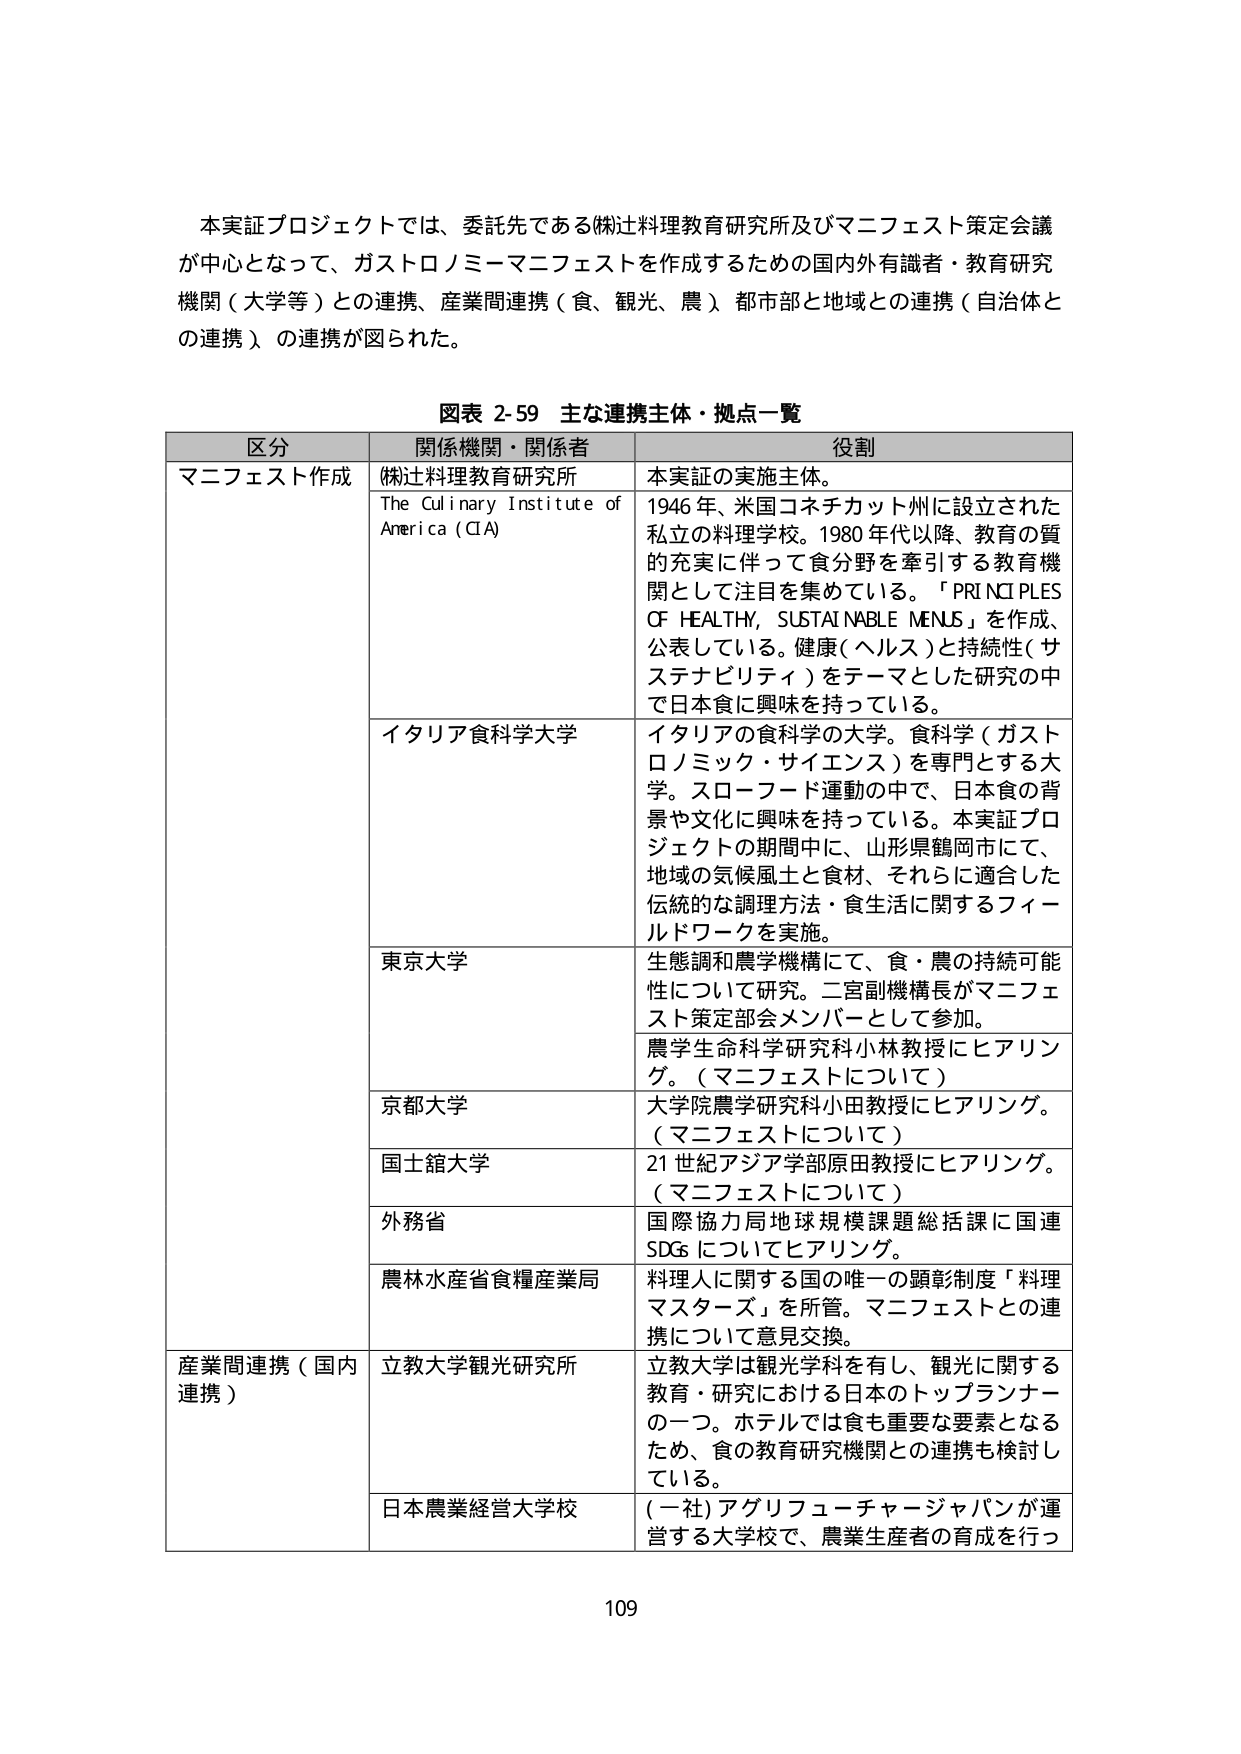
本実証プロジェクトでは、委託先である(株)辻料理教育研究所及びマニフェスト策定会議
が中心となって、ガストロノミーマニフェストを作成するための国内外有識者・教育研究
機関（大学等）との連携、産業間連携（食、観光、農）、都市部と地域との連携（自治体と
の連携）の連携が図られた。

図表 2-59 主な連携主体・拠点一覧

区分 関係機関・関係者 役割
マニフェスト作成 (株)辻料理教育研究所 本実証の実施主体。
The Culinary Institute of America (CIA) 1946年、米国コネチカット州に設立された
私立の料理学校。1980年代以降、教育の質
的充実に伴って食分野を牽引する教育機
関として注目を集めている。「PRINCIPLES
OF HEALTHY, SUSTAINABLE MENUS」を作成、
公表している。健康（ヘルス）と持続性（サ
ステナビリティ）をテーマとした研究の中
で日本食に興味を持っている。
イタリア食科学大学 イタリアの食科学の大学。食科学（ガスト
ロノミック・サイエンス）を専門とする大
学。スローフード運動の中で、日本食の背
景や文化に興味を持っている。本実証プロ
ジェクトの期間中に、山形県鶴岡市にて、
地域の気候風土と食材、それらに適合した
伝統的な調理方法・食生活に関するフィー
ルドワークを実施。
東京大学 生態調和農学機構にて、食・農の持続可能
性について研究。二宮副機構長がマニフェ
スト策定部会メンバーとして参加。
農学生命科学研究科小林教授にヒアリング。（マニフェストについて）
京都大学 大学院農学研究科小田教授にヒアリング。（マニフェストについて）
国士舘大学 21世紀アジア学部原田教授にヒアリング。（マニフェストについて）
外務省 国際協力局地球規模課題総括課に国連
SDGsについてヒアリング。
農林水産省食糧産業局 料理人に関する国の唯一の顕彰制度「料理
マスターズ」を所管。マニフェストとの連
携について意見交換。
産業間連携（国内 連携） 立教大学観光研究所 立教大学は観光学科を有し、観光に関する
教育・研究における日本のトップランナー
の一つ。ホテルでは食も重要な要素となる
ため、食の教育研究機関との連携も検討し
ている。
日本農業経営大学校 （一社）アグリフューチャージャパンが運
営する大学校で、農業生産者の育成を行っ

109